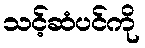
သင့်ဆံပင်ကို